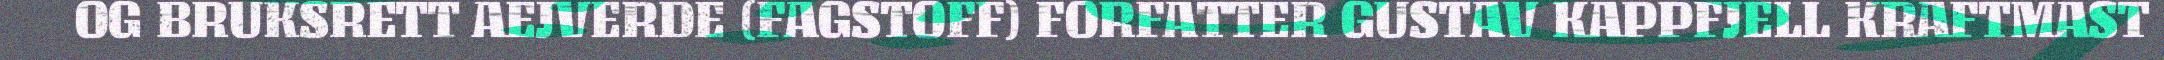
OG BRUKSRETT AEJVERDE (FAGSTOFF) FORFATTER GUSTAV KAPPFJELL KRAFTMAST